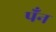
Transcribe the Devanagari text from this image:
पँन